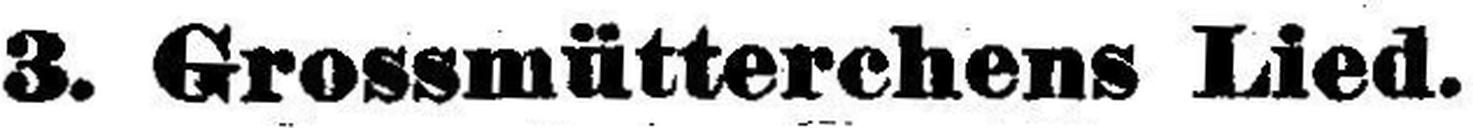
3. Grossmütterchens Lied.